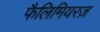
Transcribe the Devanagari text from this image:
फैलिमियरज़